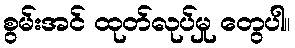
စွမ်းအင် ထုတ်လုပ်မှု တွေပါ။